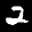
Label: 2